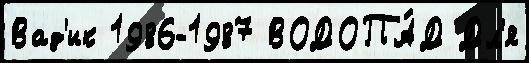
Вад'ик 1986-1987 ВОДОПА́Д Дл'я